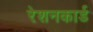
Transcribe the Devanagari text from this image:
रेशनकार्ड